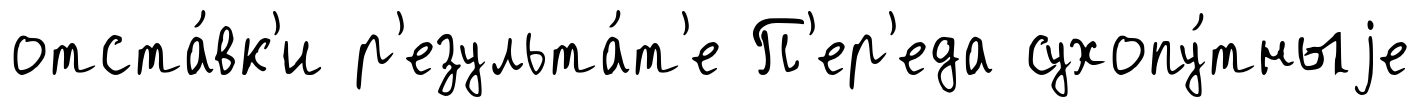
отста́вк'и р'езульта́т'е П'ер'еда сухопу́тныjе